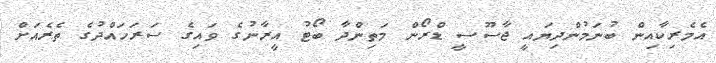
އެމެރިކާއިން ބުނަމުންދިޔައީ ޖާސޫސީ ޑްރޯން މަތިންދާ ބޯޓު އީރާނުގެ ވައިގެ ސަރަހައްދުގެ ތެރެއަށް